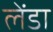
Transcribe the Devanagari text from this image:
लेंडा